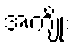
အကျိုး